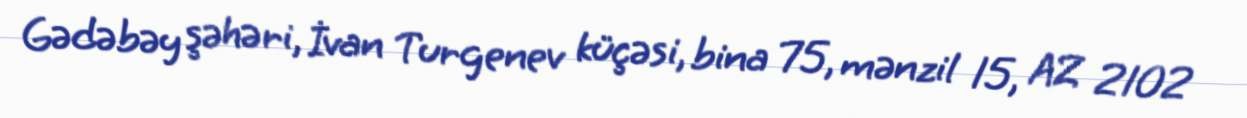
Gədəbəy şəhəri, İvan Turgenev küçəsi, bina 75, mənzil 15, AZ 2102